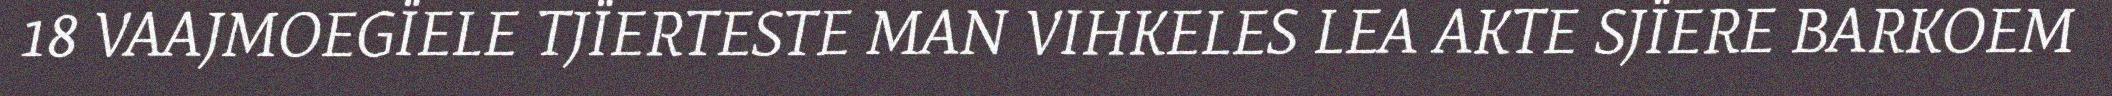
18 VAAJMOEGÏELE TJÏERTESTE MAN VIHKELES LEA AKTE SJÏERE BARKOEM